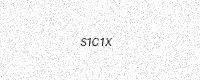
Text: S1C1X